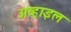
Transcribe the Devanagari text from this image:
अव्हाइल